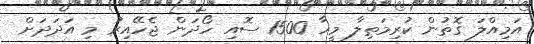
އަމިއްލަ ގޮތުން ކުރިމަތިލާ މީހާ 1500 ސޮއި ހޯދަން ޖެހޭއިރު މި އަދަދަށް